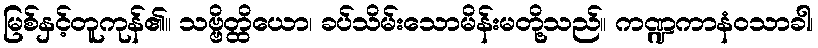
မြစ်နှင့်တူကုန်၏။ သဗ္ဗိတ္ထိယော၊ ခပ်သိမ်းသောမိန်းမတို့သည်။ ကဏ္ဍကာနံဝသာခါ၊